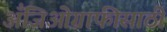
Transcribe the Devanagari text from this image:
अँजिओग्राफीसाठी